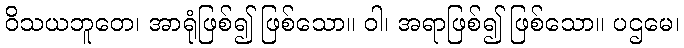
ဝိသယဘူတေ၊ အာရုံဖြစ်၍ ဖြစ်သော။ ဝါ၊ အရာဖြစ်၍ ဖြစ်သော။ ပဌမေ၊